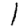
Digit: 1